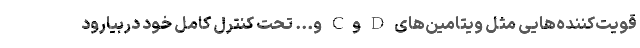
قویت‌کننده‌هایی مثل ویتامین‌های D وC و... تحت کنترل کامل خود دربیارود